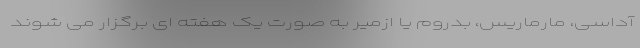
آداسی، مارماریس، بدروم یا ازمیر به صورت یک هفته ‌ای برگزار می ‌شوند